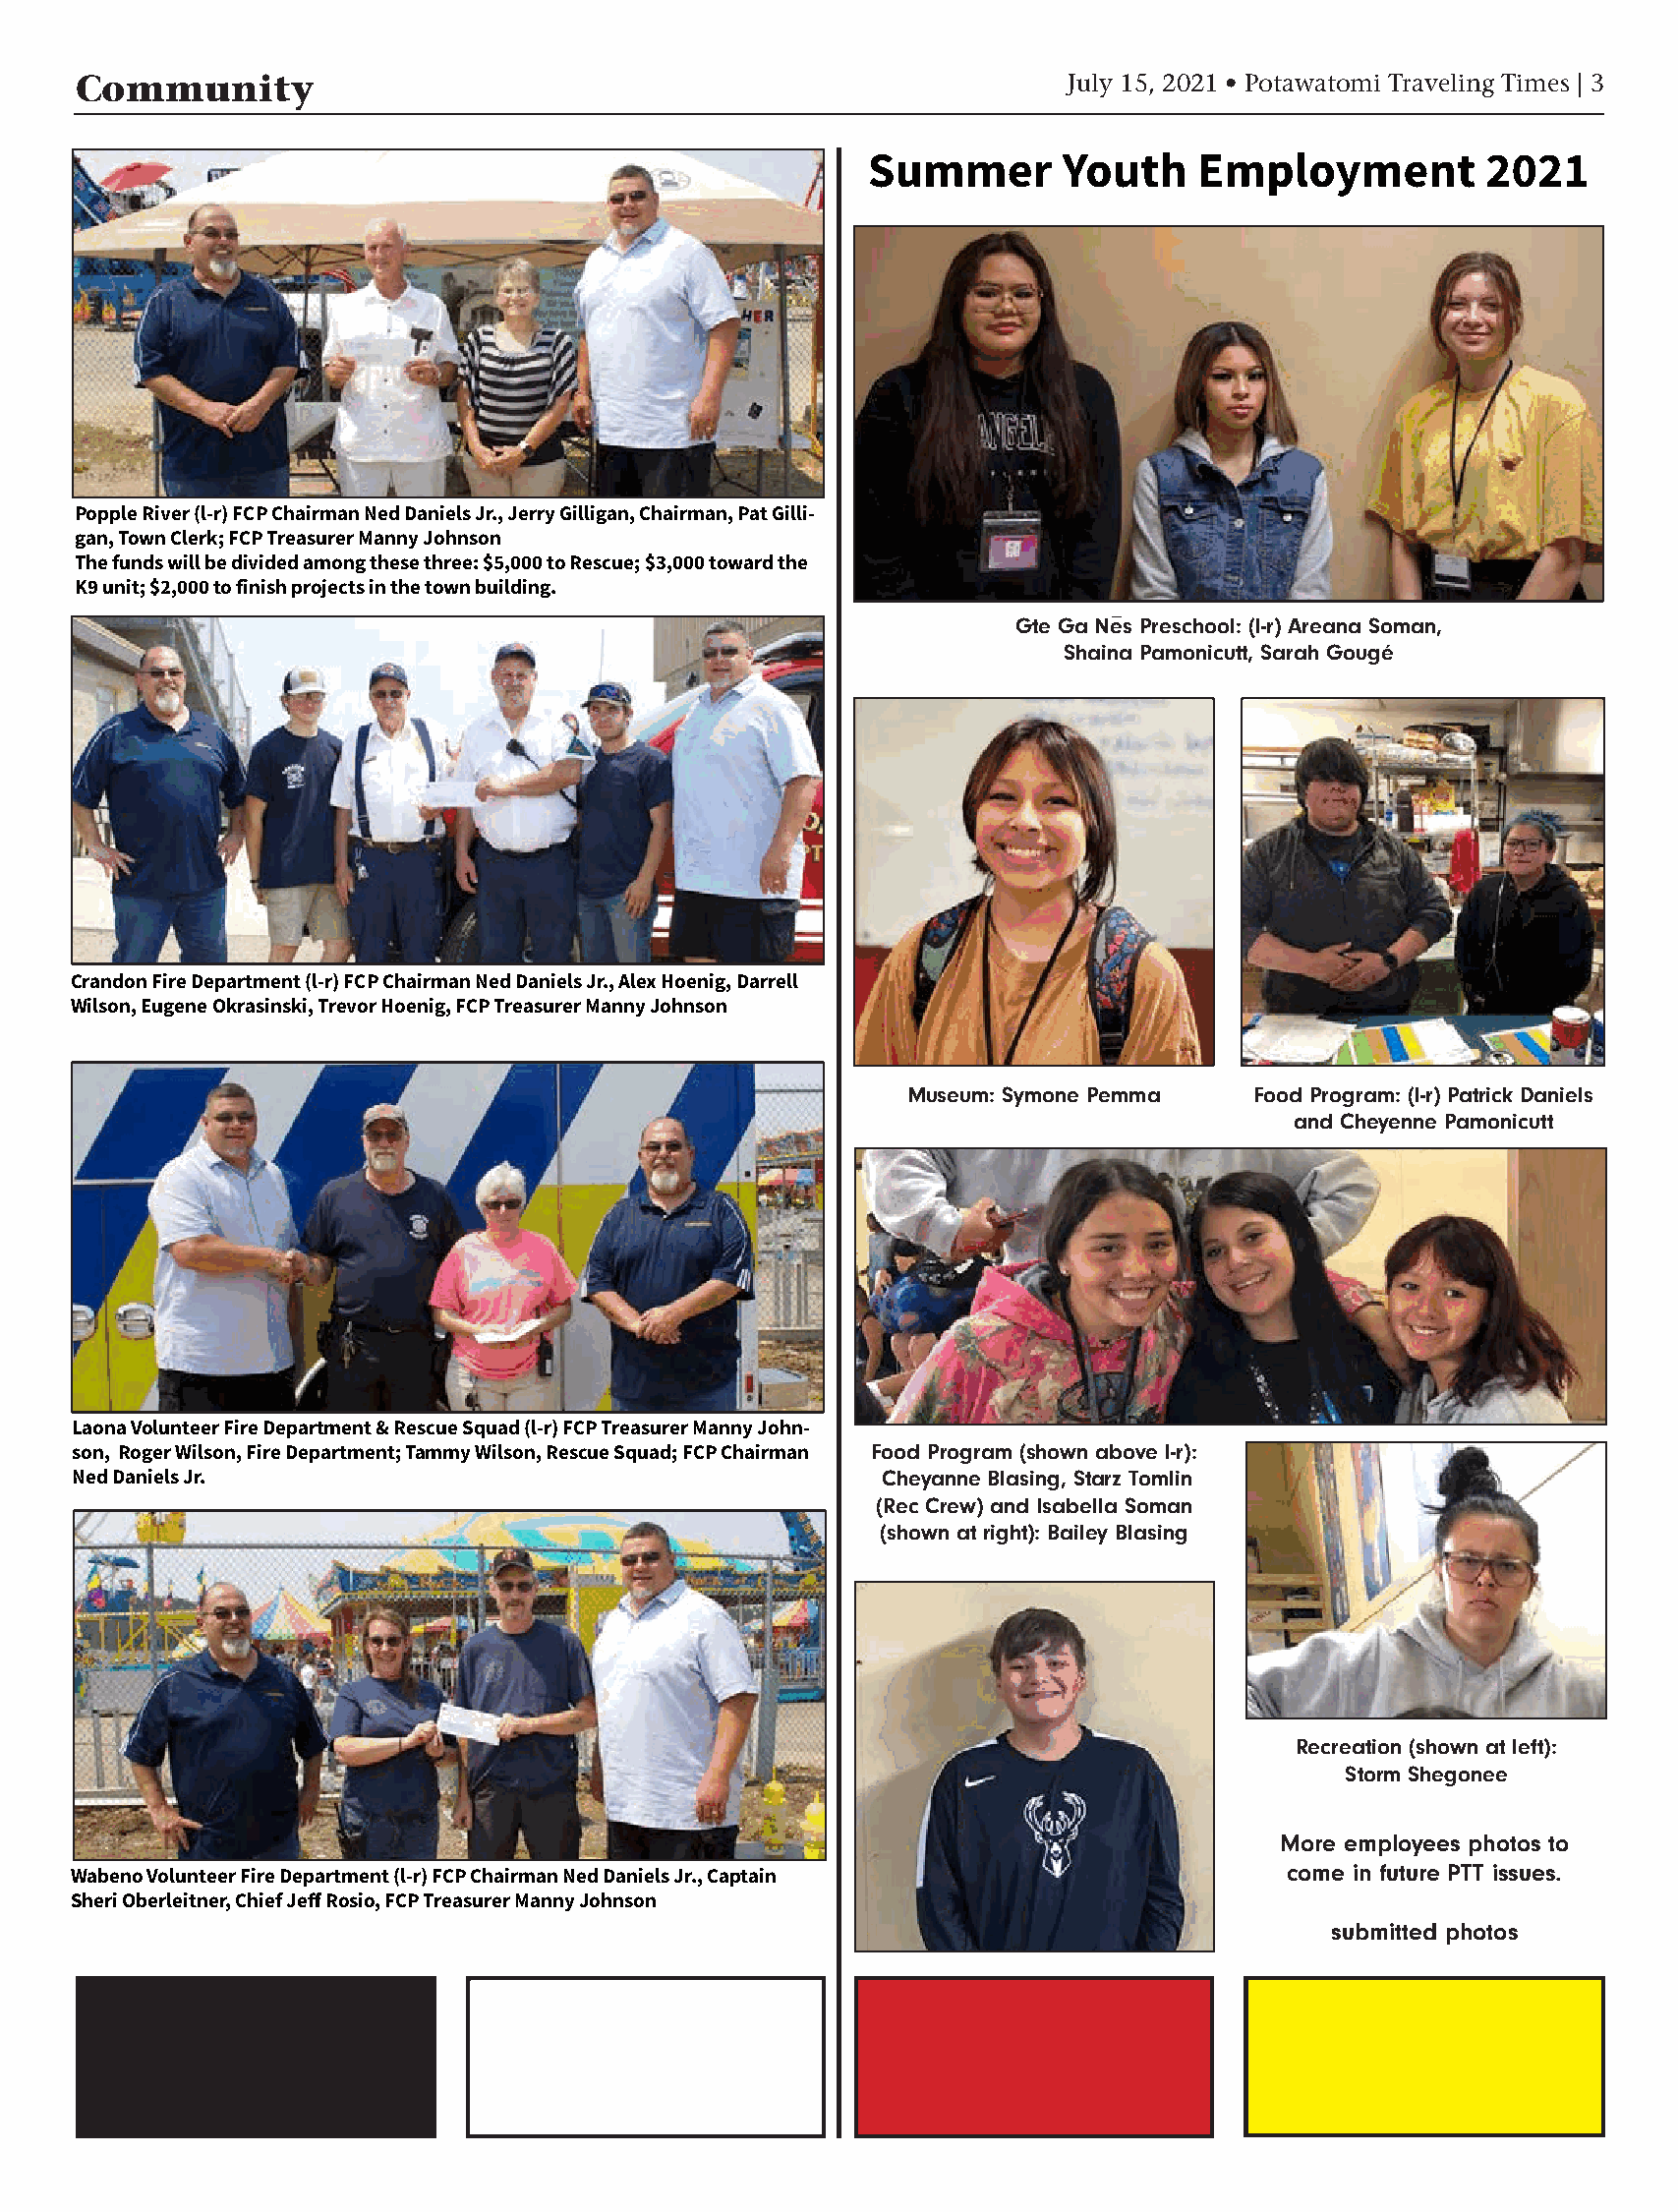
Community                                                          July 15, 2021 • Potawatomi Traveling Times | 3
 Summer        Youth    Employment         2021
 Popple River (l-r) FCP Chairman Ned Daniels Jr., Jerry Gilligan, Chairman, Pat Gilli-
 gan, Town Clerk; FCP Treasurer Manny Johnson
 The funds will be divided among these three: $5,000 to Rescue; $3,000 toward the
 K9 unit; $2,000 to finish projects in the town building.
 Gte Ga Nes Preschool: (l-r) Areana Soman,
 Shaina Pamonicutt, Sarah Gougé
 Crandon Fire Department (l-r) FCP Chairman Ned Daniels Jr., Alex Hoenig, Darrell
 Wilson, Eugene Okrasinski, Trevor Hoenig, FCP Treasurer Manny Johnson
 Museum: Symone Pemma   Food Program: (l-r) Patrick Daniels
 and Cheyenne Pamonicutt
 Laona Volunteer Fire Department & Rescue Squad (l-r) FCP Treasurer Manny John-
 son, Roger Wilson, Fire Department; Tammy Wilson, Rescue Squad; FCP Chairman Food Program (shown above l-r):
 Ned Daniels Jr.                                       Cheyanne Blasing, Starz Tomlin
 (Rec Crew) and Isabella Soman
 (shown at right): Bailey Blasing
 Recreation (shown at left):
 Storm Shegonee
 More employees photos to
 come in future PTT issues.
 Wabeno Volunteer Fire Department (l-r) FCP Chairman Ned Daniels Jr., Captain
 Sheri Oberleitner, Chief Jeff Rosio, FCP Treasurer Manny Johnson
 submitted photos